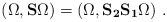
\begin{align*}(\Omega,{\bf S}\Omega)=(\Omega,{\bf S_2S_1}\Omega)\,\,.\end{align*}